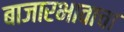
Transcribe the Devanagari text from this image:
बाजारभावाचा